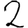
Digit: 2